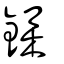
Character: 鏶